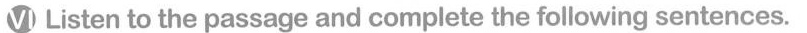
VI Listen to the passage and complete the following sentences.